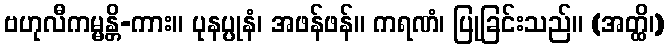
ဗဟုလီကမ္မန္တိ-ကား။ ပုနပ္ပုနံ၊ အဖန်ဖန်။ ကရဏံ၊ ပြုခြင်းသည်။ (အတ္ထိ၊)